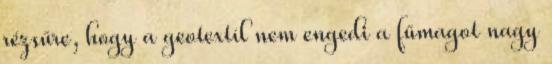
rézsűre, hogy a geotextíl nem engedi a fűmagot nagy